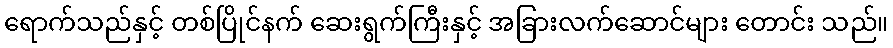
ရောက်သည်နှင့် တစ်ပြိုင်နက် ဆေးရွက်ကြီးနှင့် အခြားလက်ဆောင်များ တောင်း သည်။